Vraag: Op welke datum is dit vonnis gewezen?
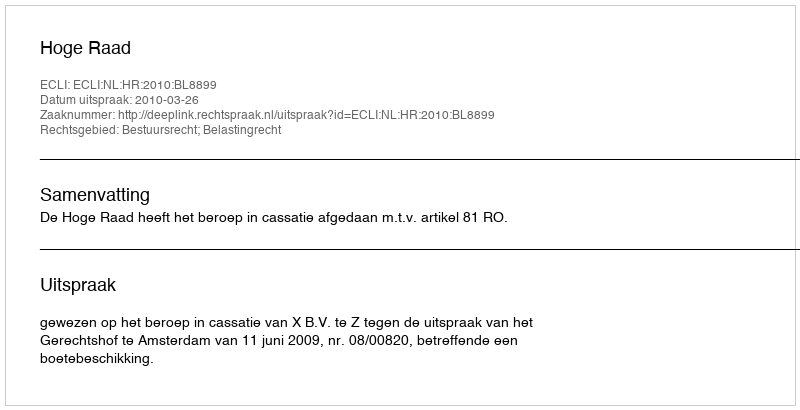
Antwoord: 2010-03-26